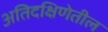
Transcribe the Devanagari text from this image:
अतिदक्षिणेतील